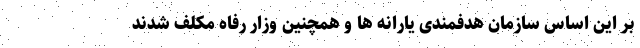
بر این اساس سازمان هدفمندی یارانه ها و همچنین وزار رفاه مکلف شدند